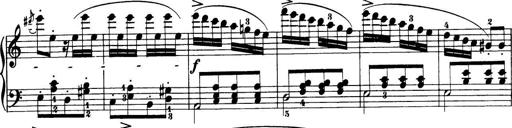
Title: 32 Sonatinas and Rondos for the Piano
Composer: Richard Kleinmichel